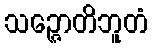
သဉ္ဇောတိဘူတံ